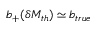
b _ { + } ( \delta M _ { t h } ) \simeq b _ { t r u e }